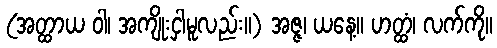
(အတ္ထာယ ဝါ၊ အကျိုးငှါမူလည်း။) အဇ္ဇ၊ ယနေ့။ ဟတ္ထံ၊ လက်ကို။